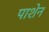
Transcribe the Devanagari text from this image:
पाशेन